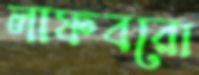
লাফবরো